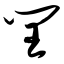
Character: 闰